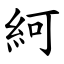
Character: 䋍